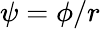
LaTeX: \psi=\phi/r